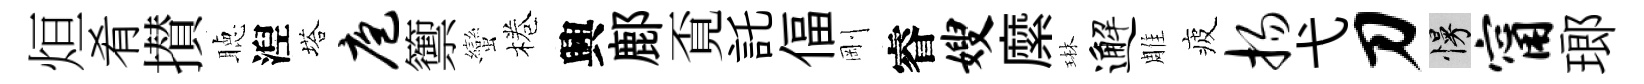
烜肴攅聴湼塔庖籞蠻棬興鄜覔託偪剛睿嫂縻琳邂雕疲扬弋刀慢甯瑯